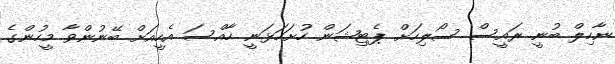
ނާހިލް ބުނީ ރައީސް ސޯލިހަށް ޕެޓިޝަން ހުށަހަޅަނީ ހާއްސަ އެހީއަށް ބޭނުންވާ މީހުންގެ